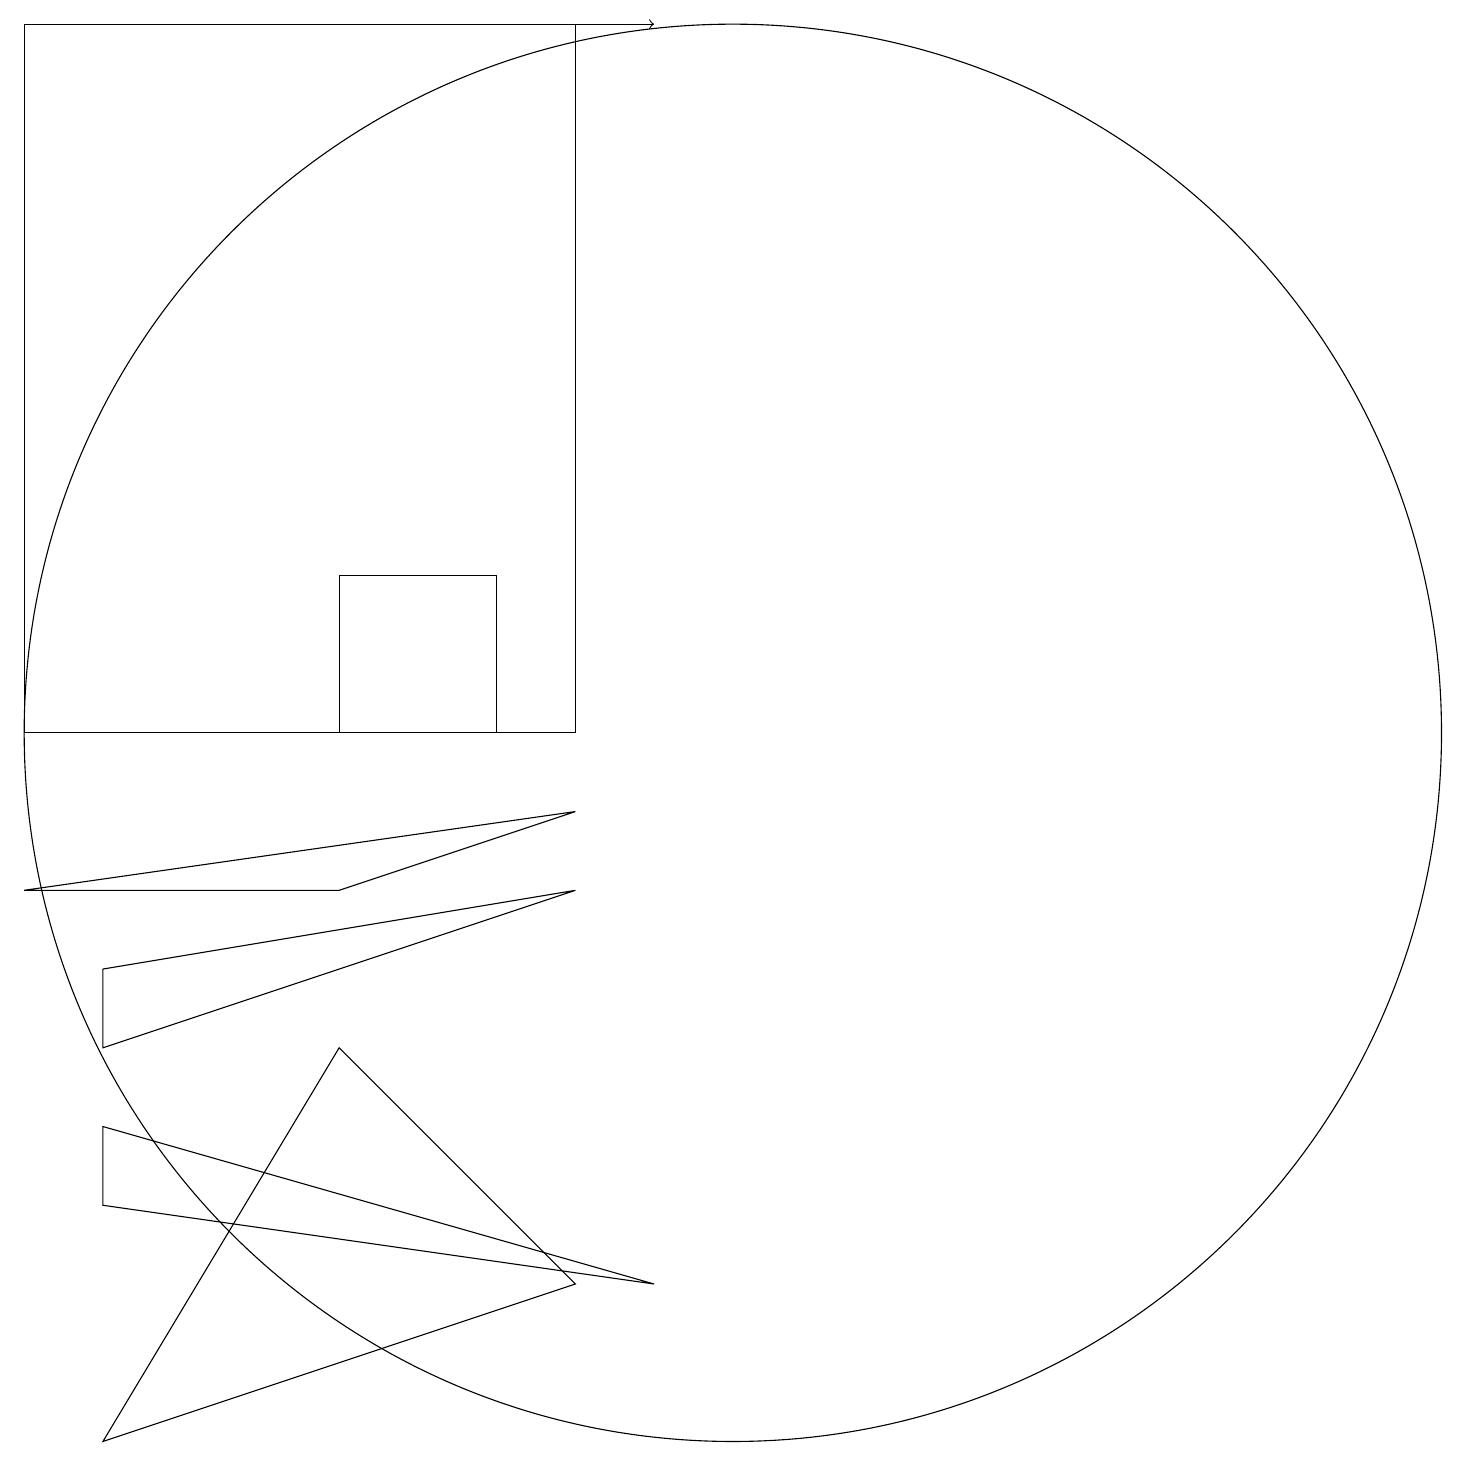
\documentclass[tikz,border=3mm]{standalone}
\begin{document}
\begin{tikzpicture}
\draw (8,10) rectangle (1,19);
\draw[->] (7,19) -- (9,19);
\draw (5,8) -- (8,9) -- (1,8) -- cycle;
\draw (10,10) circle (9);
\draw (2,7) -- (2,6) -- (8,8) -- cycle;
\draw (9,3) -- (2,5) -- (2,4) -- cycle;
\draw (8,3) -- (5,6) -- (2,1) -- cycle;
\draw (7,10) rectangle (5,12);
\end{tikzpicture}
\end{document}